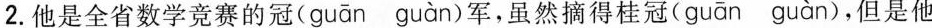
2.他是全省数学竞赛的\underset{·}{冠}(guān guàn)军，虽然摘得桂\underset{·}{冠}(guān